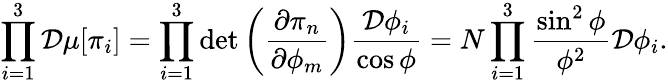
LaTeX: \prod_{i=1}^{3}{\cal D}\mu[\pi_{i}]=\prod_{i=1}^{3}\operatorname*{det}\left(\frac{\partial\pi_{n}}{\partial\phi_{m}}\right)\frac{{\cal D}\phi_{i}}{\cos\phi}=N\prod_{i=1}^{3}\frac{\sin^{2}\phi}{\phi^{2}}{\cal D}\phi_{i}.